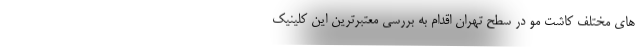
های مختلف کاشت مو در سطح تهران اقدام به بررسی معتبرترین این کلینیک